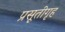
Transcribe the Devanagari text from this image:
प्रसूतीगृह